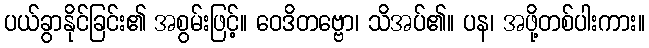
ပယ်ခွာနိုင်ခြင်း၏ အစွမ်းဖြင့်။ ဝေဒိတဗ္ဗော၊ သိအပ်၏။ ပန၊ အဖို့တစ်ပါးကား။